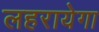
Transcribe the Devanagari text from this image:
लहरायेगा